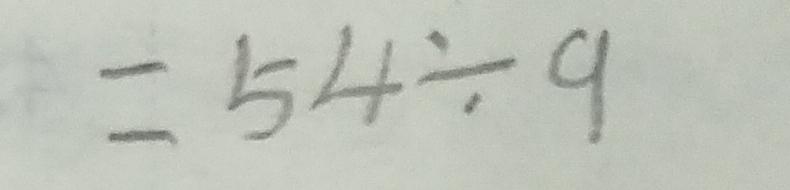
= 5 4 \div 9